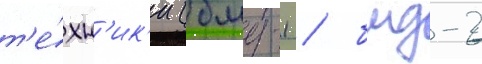
т'е́хн'ик'и (бмд-1 / бмд-2